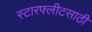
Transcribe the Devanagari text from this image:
स्टारफ्लीटसाठी